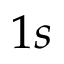
1 s